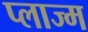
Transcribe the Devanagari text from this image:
प्लाज्म